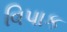
વિપાક